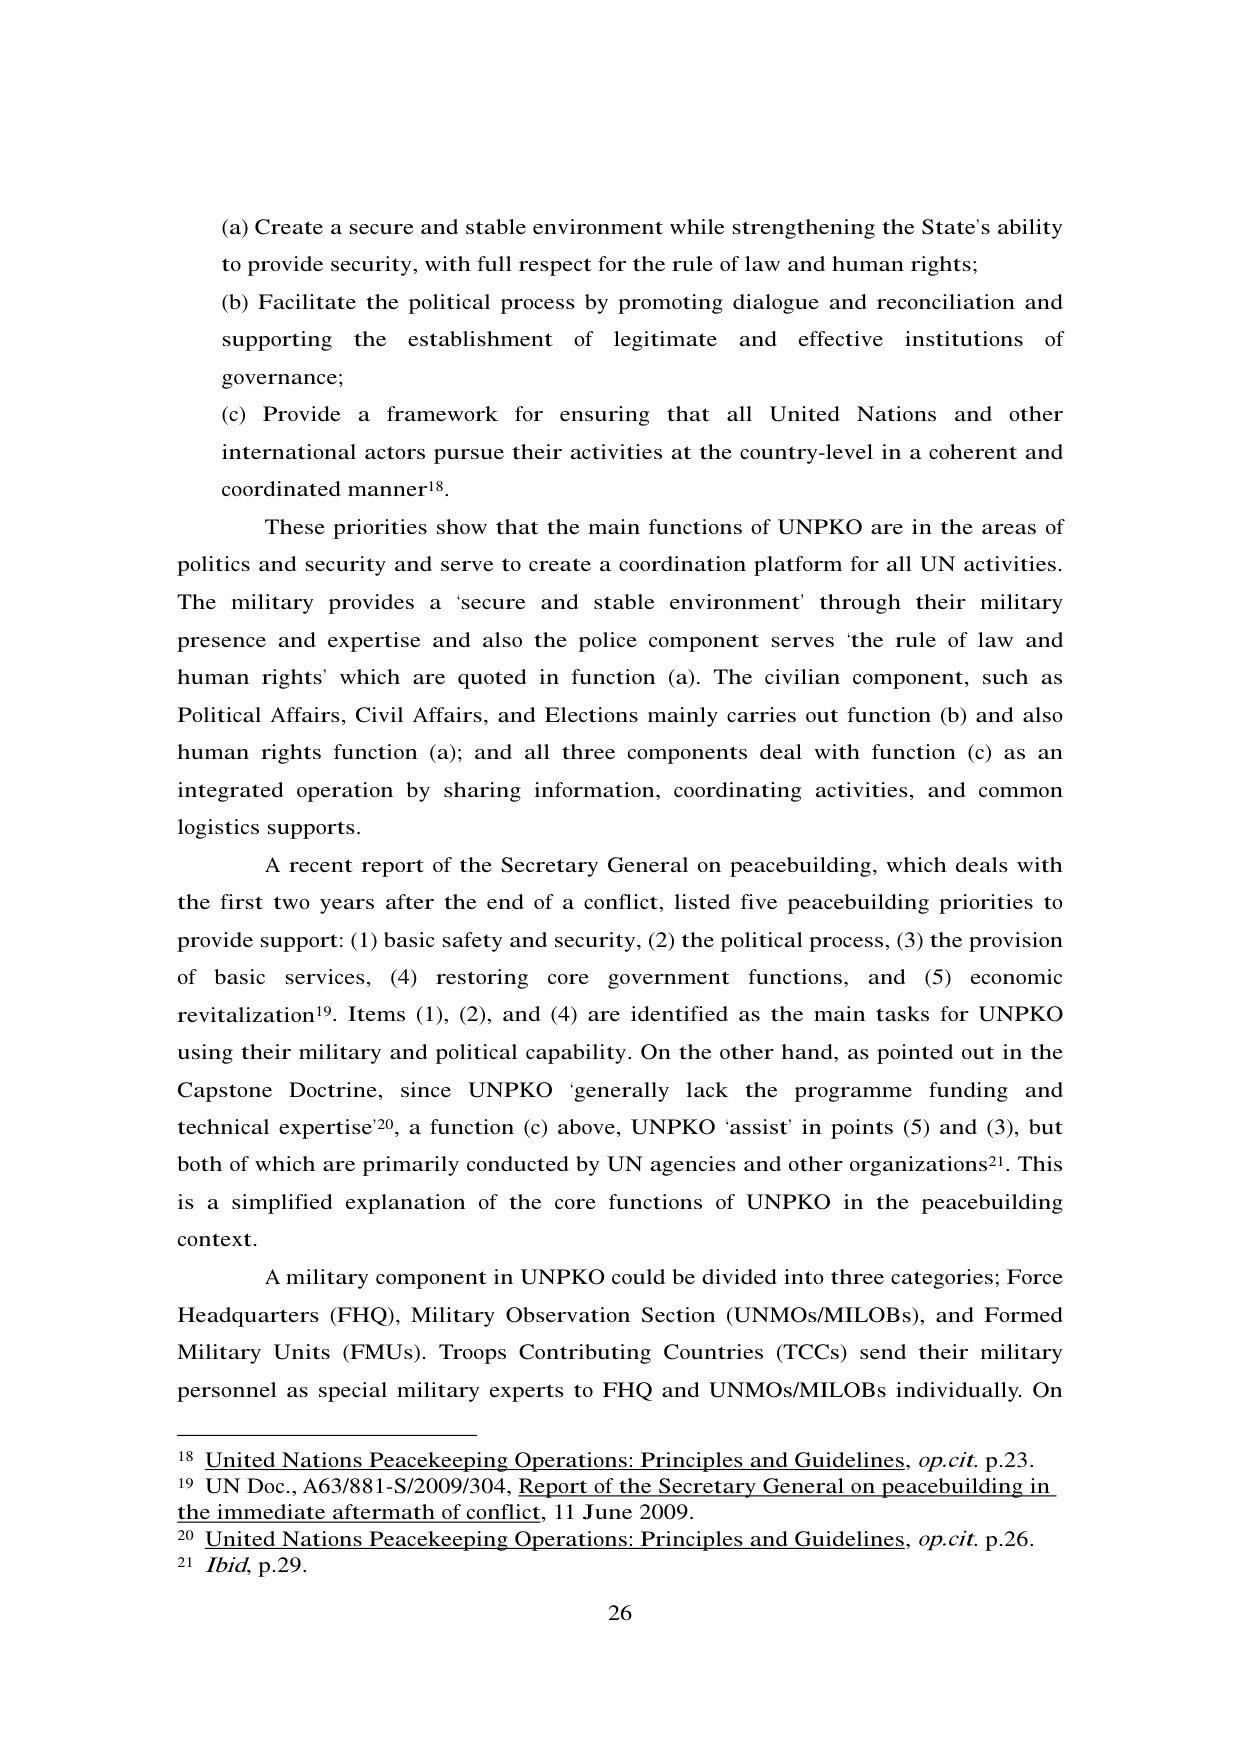
(a) Create a secure and stable environment while strengthening the State's ability to provide security, with full respect for the rule of law and human rights;

(b) Facilitate the political process by promoting dialogue and reconciliation and supporting the establishment of legitimate and effective institutions of governance;

(c) Provide a framework for ensuring that all United Nations and other international actors pursue their activities at the country-level in a coherent and coordinated manner¹⁸.

These priorities show that the main functions of UNPKO are in the areas of politics and security and serve to create a coordination platform for all UN activities. The military provides a ‘secure and stable environment’ through their military presence and expertise and also the police component serves ‘the rule of law and human rights’ which are quoted in function (a). The civilian component, such as Political Affairs, Civil Affairs, and Elections mainly carries out function (b) and also human rights function (a); and all three components deal with function (c) as an integrated operation by sharing information, coordinating activities, and common logistics supports.

A recent report of the Secretary General on peacebuilding, which deals with the first two years after the end of a conflict, listed five peacebuilding priorities to provide support: (1) basic safety and security, (2) the political process, (3) the provision of basic services, (4) restoring core government functions, and (5) economic revitalization¹⁹. Items (1), (2), and (4) are identified as the main tasks for UNPKO using their military and political capability. On the other hand, as pointed out in the Capstone Doctrine, since UNPKO ‘generally lack the programme funding and technical expertise’²⁰, a function (c) above, UNPKO ‘assist’ in points (5) and (3), but both of which are primarily conducted by UN agencies and other organizations²¹. This is a simplified explanation of the core functions of UNPKO in the peacebuilding context.

A military component in UNPKO could be divided into three categories; Force Headquarters (FHQ), Military Observation Section (UNMOs/MILOBs), and Formed Military Units (FMUs). Troops Contributing Countries (TCCs) send their military personnel as special military experts to FHQ and UNMOs/MILOBs individually. On

¹⁸ United Nations Peacekeeping Operations: Principles and Guidelines, op.cit. p.23.

¹⁹ UN Doc., A63/881-S/2009/304, Report of the Secretary General on peacebuilding in the immediate aftermath of conflict, 11 June 2009.

²⁰ United Nations Peacekeeping Operations: Principles and Guidelines, op.cit. p.26.

²¹ Ibid, p.29.

26